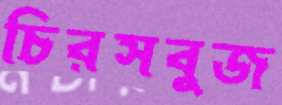
চিরসবুজ